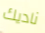
ناديك